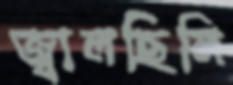
জ্বালছিলি